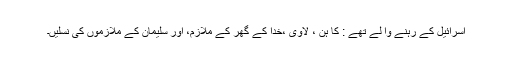
اسرائیل کے رہنے وا لے تھے : کا ہن ، لاوی ،خدا کے گھر کے ملازم، اور سلیمان کے ملازموں کی نسلیں۔